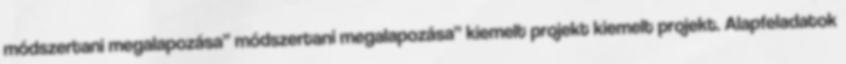
módszertani megalapozása” módszertani megalapozása” kiemelt projekt kiemelt projekt. Alapfeladatok